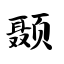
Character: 颞